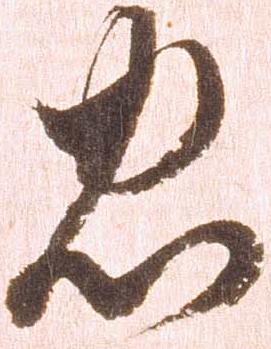
忠